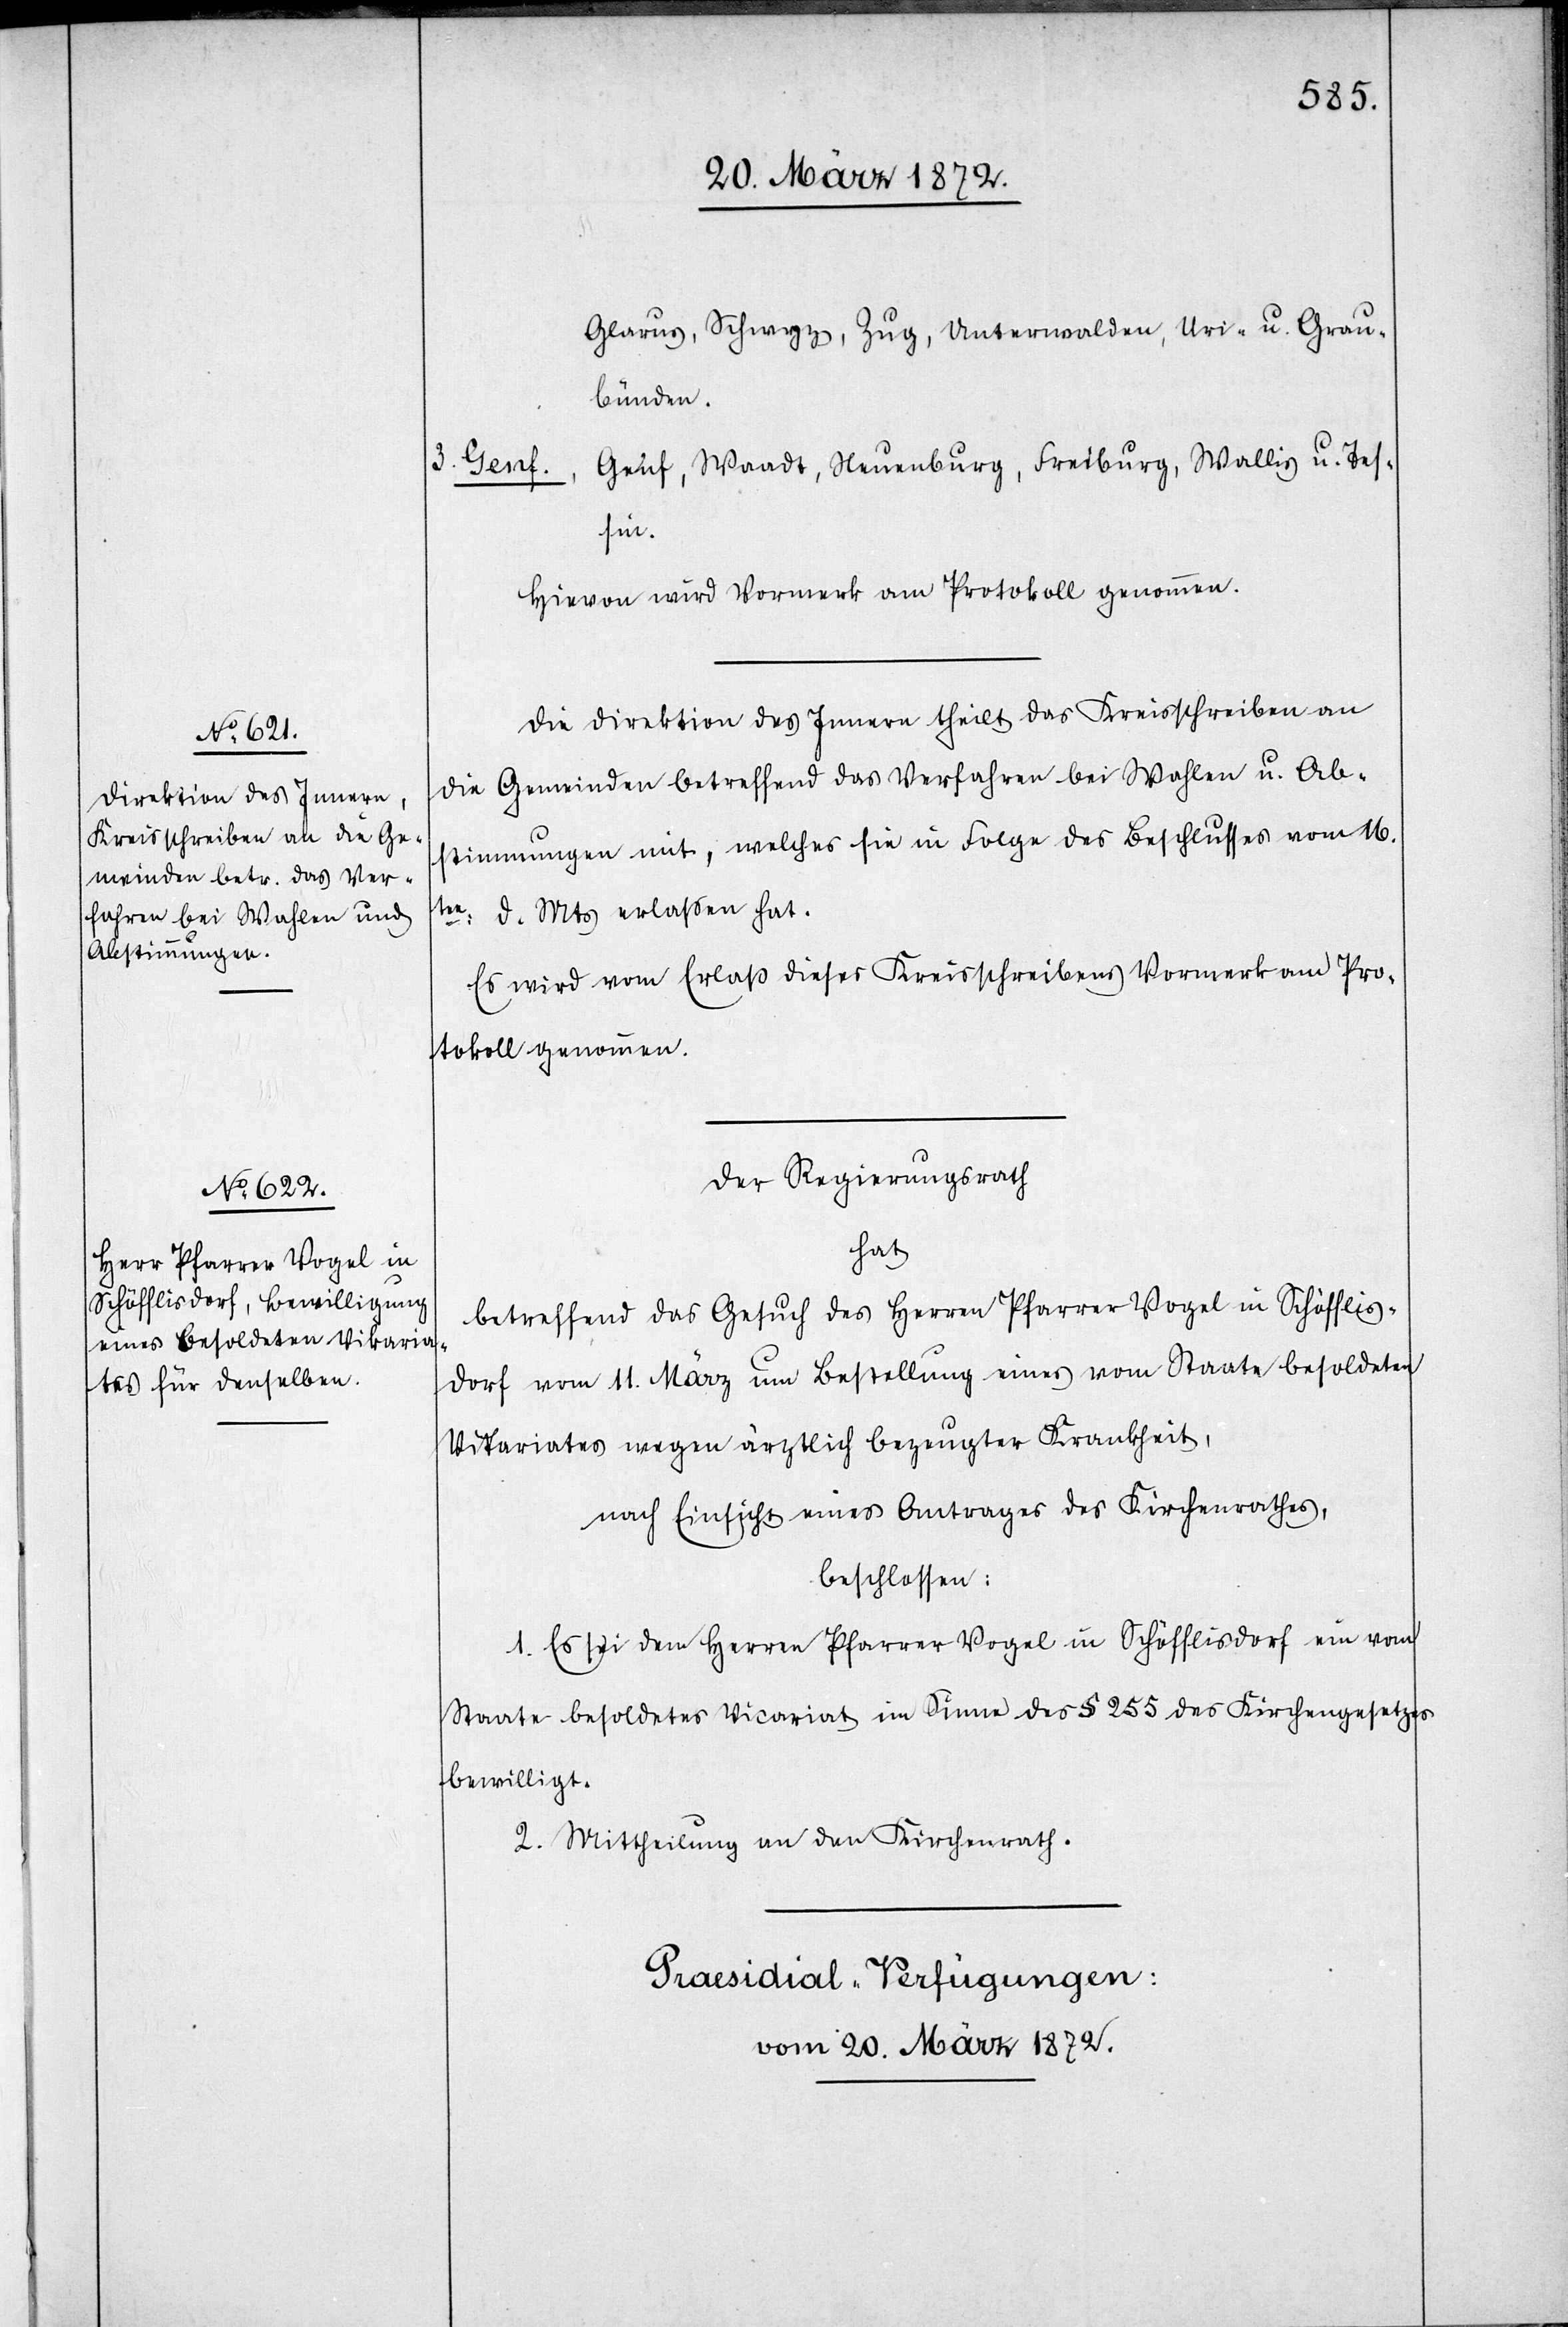
Glarus, Schwyz, Zug, Unterwalden, Uri- u. Grau¬
bünden.
3. Genf.,
Genf, Waadt, Neuenburg, Freiburg, Wallis u. Tes¬
sin.
Hievon wird Vormerk am Protokoll genommen.
Die Direktion des Innern theilt das Kreisschreiben an
die Gemeinden betreffend das Verfahren bei Wahlen u. Ab¬
stimmungen mit, welches sie in Folge des Beschlusses vom 16t¬
en: d. Mts erlassen hat.
Es wird vom Erlaß dieses Kreisschreibens Vormerk am Pro¬
tokoll genommen.
Der Regierungsrath
hat
betreffend das Gesuch des Herren Pfarrer Vogel in Schöfflis¬
dorf vom 11. März um Bestellung eines vom Staate besoldeten
Vikariates wegen ärztlich bezeugter Krankheit,
nach Einsicht eines Antrages des Kirchenrathes,
beschlossen:
1. Es sei dem Herren Pfarrer Vogel in Schöfflisdorf ein vom
Staate besoldetes Vicariat im Sinne des § 255 des Kirchengesetzes
bewilligt.
2. Mittheilung an den Kirchenrath.